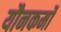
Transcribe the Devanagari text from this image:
यौनकर्मों